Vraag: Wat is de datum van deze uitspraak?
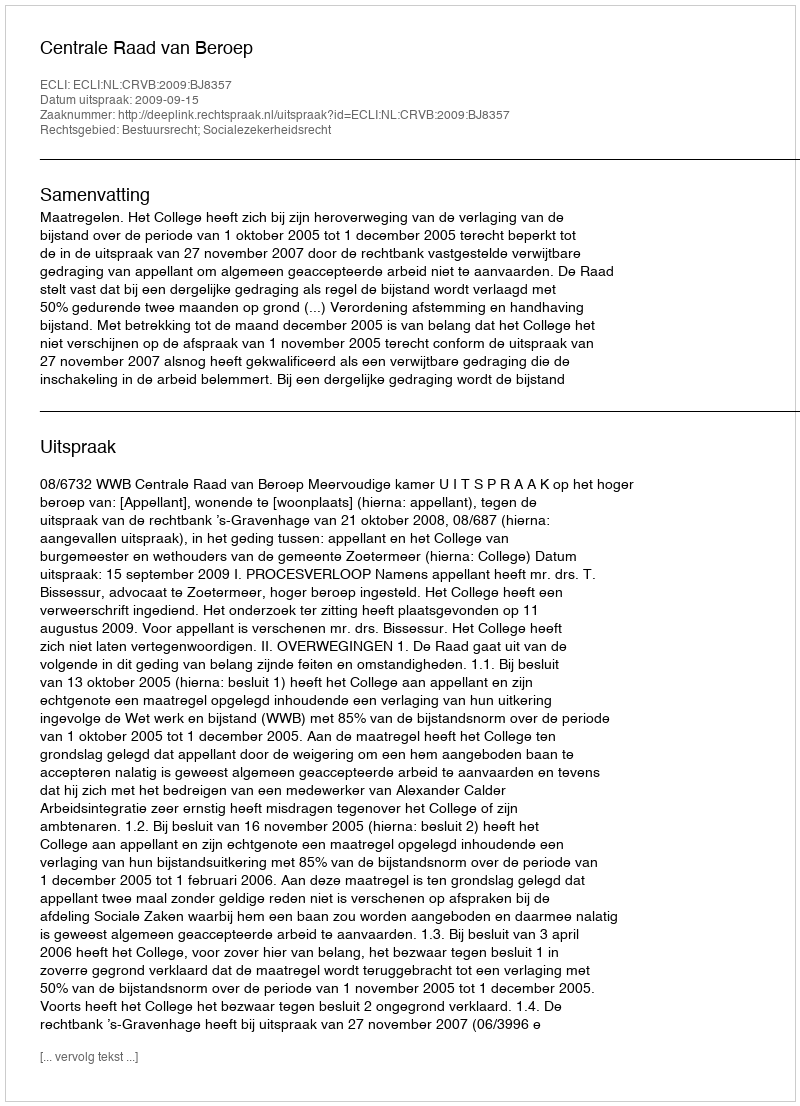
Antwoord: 2009-09-15